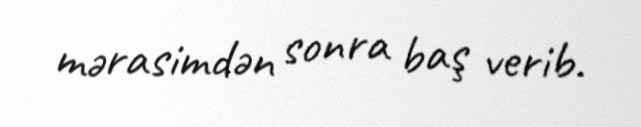
mərasimdən sonra baş verib.